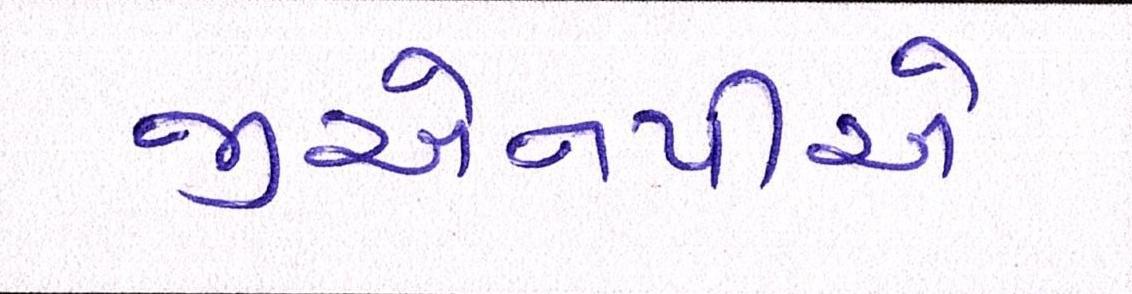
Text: જીએનપીએ